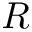
R